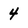
Character: 4